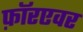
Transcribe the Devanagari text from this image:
फ़ॉरएवर